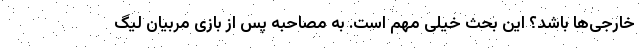
خارجی‌ها باشد؟ این بحث خیلی مهم است. به مصاحبه پس از بازی مربیان لیگ